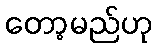
တော့မည်ဟု